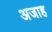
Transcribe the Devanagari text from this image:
अजाह